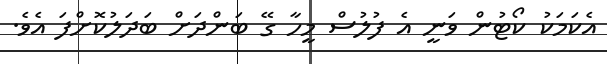
އެކަމަކު ކޯޓުން ވަނީ އެ ފުލުސް މީހާ ގޭ ބަންދަށް ބަދަލުކޮށްފަ އެވެ.